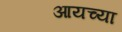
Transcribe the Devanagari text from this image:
आयच्या